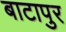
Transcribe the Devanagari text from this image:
बाटापुर